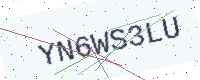
Text: YN6WS3LU